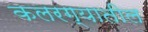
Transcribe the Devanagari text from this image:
कलरग्यातील